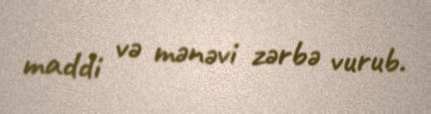
maddi və mənəvi zərbə vurub.